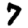
Digit: 7